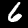
Digit: 6